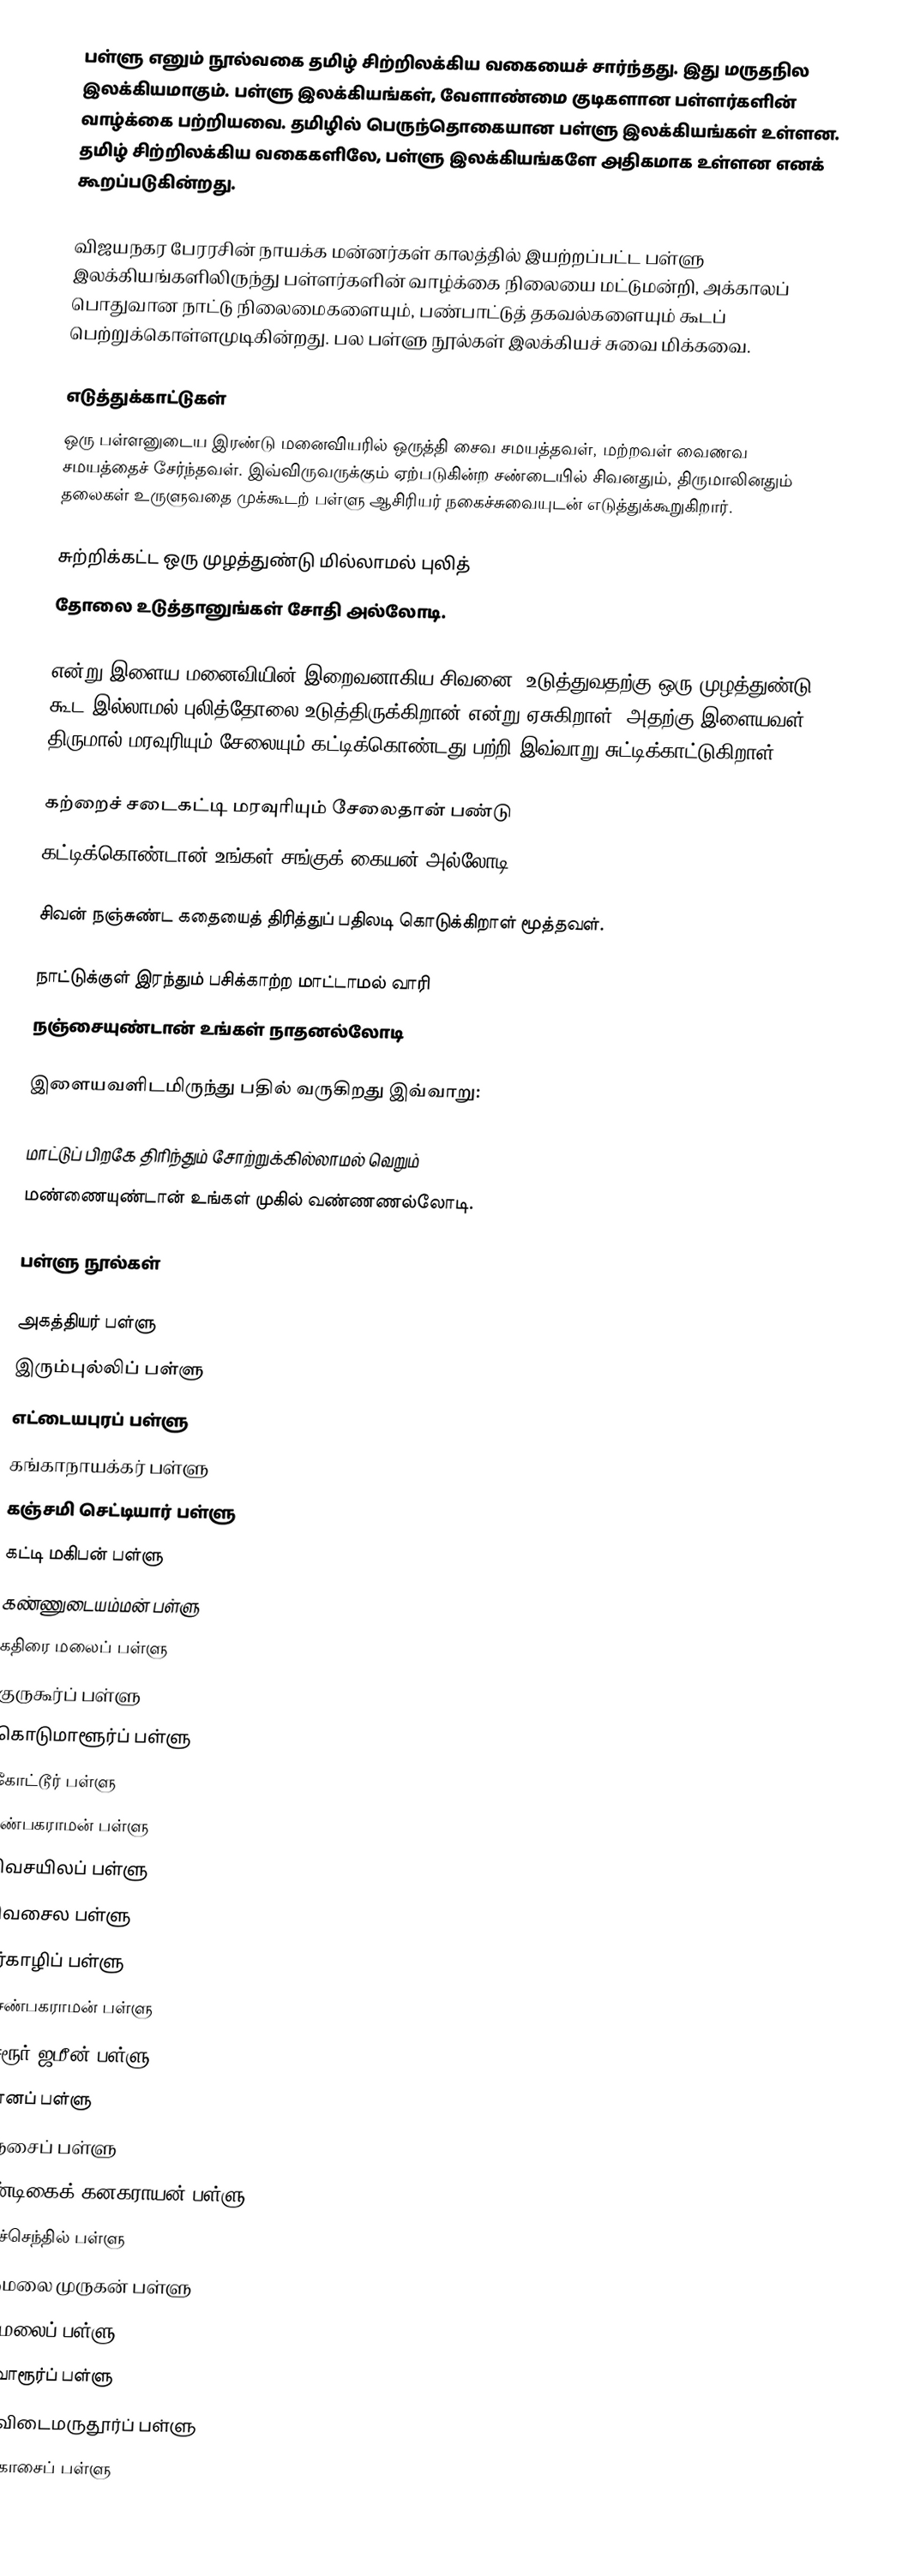
பள்ளு எனும் நூல்வகை தமிழ் சிற்றிலக்கிய வகையைச் சார்ந்தது. இது மருதநில இலக்கியமாகும். பள்ளு இலக்கியங்கள்,  வேளாண்மை குடிகளான பள்ளர்களின் வாழ்க்கை பற்றியவை. தமிழில் பெருந்தொகையான பள்ளு இலக்கியங்கள் உள்ளன. தமிழ் சிற்றிலக்கிய வகைகளிலே, பள்ளு இலக்கியங்களே அதிகமாக உள்ளன எனக் கூறப்படுகின்றது.

விஜயநகர பேரரசின் நாயக்க மன்னர்கள் காலத்தில் இயற்றப்பட்ட பள்ளு இலக்கியங்களிலிருந்து பள்ளர்களின் வாழ்க்கை நிலையை மட்டுமன்றி, அக்காலப் பொதுவான நாட்டு நிலைமைகளையும், பண்பாட்டுத் தகவல்களையும் கூடப் பெற்றுக்கொள்ளமுடிகின்றது. பல பள்ளு நூல்கள் இலக்கியச் சுவை மிக்கவை.

எடுத்துக்காட்டுகள்
ஒரு பள்ளனுடைய இரண்டு மனைவியரில் ஒருத்தி சைவ சமயத்தவள், மற்றவள் வைணவ சமயத்தைச் சேர்ந்தவள். இவ்விருவருக்கும் ஏற்படுகின்ற சண்டையில் சிவனதும், திருமாலினதும் தலைகள் உருளுவதை முக்கூடற் பள்ளு ஆசிரியர் நகைச்சுவையுடன் எடுத்துக்கூறுகிறார்.

 சுற்றிக்கட்ட ஒரு முழத்துண்டு மில்லாமல் புலித்
 தோலை உடுத்தானுங்கள் சோதி அல்லோடி.

என்று இளைய மனைவியின் இறைவனாகிய சிவனை, உடுத்துவதற்கு ஒரு முழத்துண்டு கூட இல்லாமல் புலித்தோலை உடுத்திருக்கிறான் என்று ஏசுகிறாள். அதற்கு இளையவள் திருமால் மரவுரியும் சேலையும் கட்டிக்கொண்டது பற்றி இவ்வாறு சுட்டிக்காட்டுகிறாள்.

 கற்றைச் சடைகட்டி மரவுரியும் சேலைதான் பண்டு
 கட்டிக்கொண்டான் உங்கள் சங்குக் கையன் அல்லோடி

சிவன் நஞ்சுண்ட கதையைத் திரித்துப் பதிலடி கொடுக்கிறாள் மூத்தவள்.

 நாட்டுக்குள் இரந்தும் பசிக்காற்ற மாட்டாமல் வாரி
 நஞ்சையுண்டான் உங்கள் நாதனல்லோடி

இளையவளிடமிருந்து பதில் வருகிறது இவ்வாறு:

 மாட்டுப் பிறகே திரிந்தும் சோற்றுக்கில்லாமல் வெறும்
 மண்ணையுண்டான் உங்கள் முகில் வண்ணணல்லோடி.

பள்ளு நூல்கள்

 அகத்தியர் பள்ளு
 இரும்புல்லிப் பள்ளு
 எட்டையபுரப் பள்ளு
 கங்காநாயக்கர் பள்ளு
 கஞ்சமி செட்டியார் பள்ளு
 கட்டி மகிபன் பள்ளு
 கண்ணுடையம்மன் பள்ளு
 கதிரை மலைப் பள்ளு
 குருகூர்ப் பள்ளு
 கொடுமாளூர்ப் பள்ளு
 கோட்டூர் பள்ளு
 சண்பகராமன் பள்ளு
 சிவசயிலப் பள்ளு
 சிவசைல பள்ளு
 சீர்காழிப் பள்ளு
 செண்பகராமன் பள்ளு
 சேரூர் ஜமீன் பள்ளு
 ஞானப் பள்ளு
 தஞ்சைப் பள்ளு
 தண்டிகைக் கனகராயன் பள்ளு
 திருச்செந்தில் பள்ளு
 திருமலை முருகன் பள்ளு
 திருமலைப் பள்ளு
 திருவாரூர்ப் பள்ளு
 திருவிடைமருதூர்ப் பள்ளு
 தென்காசைப் பள்ளு